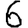
Digit: 6